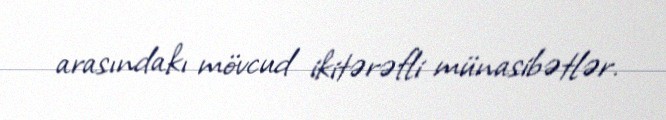
arasındakı mövcud ikitərəfli münasibətlər.